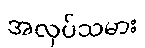
အလုပ်သမား